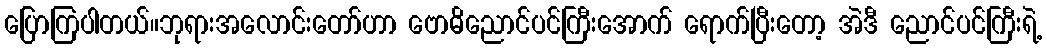
ပြောကြပါတယ်။ဘုရားအလောင်းတော်ဟာ ဗောဓိညောင်ပင်ကြီးအောက် ရောက်ပြီးတော့ အဲဒီ ညောင်ပင်ကြီးရဲ့